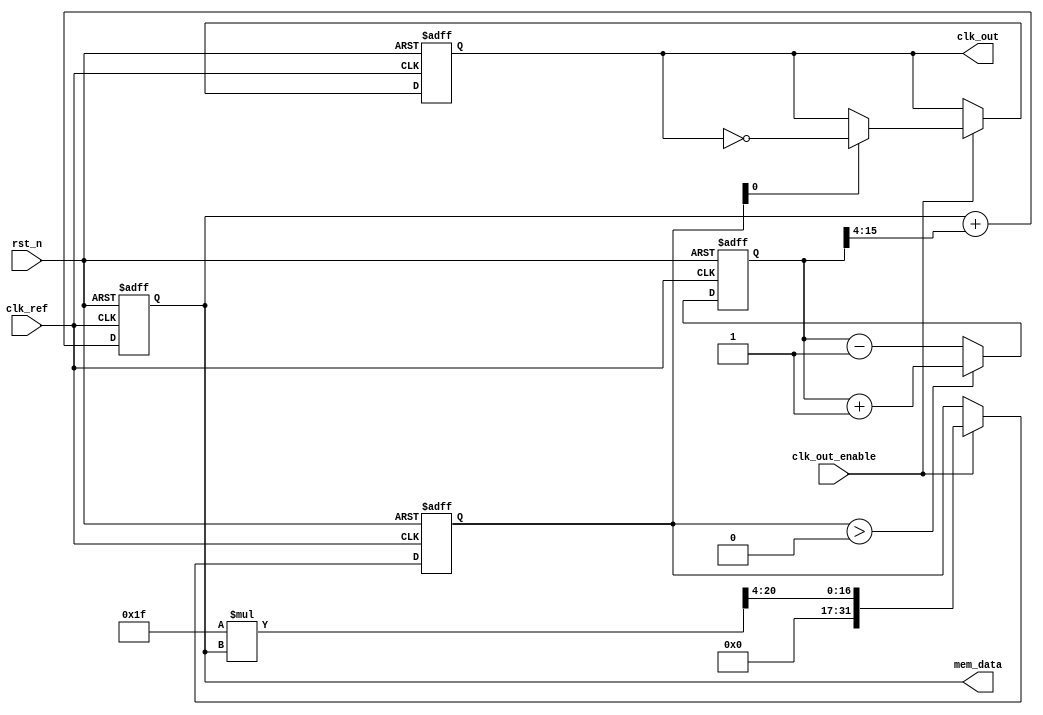
module pll (
    input  wire clk_ref,          // Reference clock input
    input  wire clk_out_enable,   // Enable signal for the output clock
    input  wire rst_n,            // Active-low reset
    output wire clk_out,          // Output clock signal
    output wire [15:0] mem_data   // Data output for memory blocks (optional)
);

    // Memory blocks (for configuration parameters)
    reg [15:0] vco_tuning;          // VCO tuning parameter
    reg [15:0] loop_filter_coeff;   // Loop filter coefficient
    reg  [31:0] phase_error;        // Phase error signal
    reg [31:0] vco_output;          // Output of VCO

    // Phase Detector
    always @(posedge clk_ref or negedge rst_n) begin
        if (!rst_n) begin
            phase_error <= 32'b0;
        end else begin
            // Phase comparison logic (basic example)
            // This part would typically involve edge detection and actual phase comparison
            if (vco_output > 0) begin
                phase_error <= phase_error + 1; // Output clock leads reference clock
            end else begin
                phase_error <= phase_error - 1; // Reference clock leads output clock
            end
        end
    end

    // Loop Filter (Simple RC Filter Representation)
    always @(posedge clk_ref or negedge rst_n) begin
        if (!rst_n) begin
            loop_filter_coeff <= 16'b0;
        end else begin
            // Basic integration of phase error (for demonstration)
            loop_filter_coeff <= loop_filter_coeff + (phase_error[15:0] >> 4); // Simple low-pass filter
        end
    end

    // Voltage-Controlled Oscillator (VCO)
    always @(posedge clk_ref or negedge rst_n) begin
        if (!rst_n) begin
            vco_output <= 32'b0;
        end else if (clk_out_enable) begin
            // Generate output clock frequency based on loop filter coefficients
            vco_output <= (vco_tuning * loop_filter_coeff) >> 4;
        end
    end

    // Generate Output Clock
    reg clk_out_reg;
    assign clk_out = clk_out_reg;
    
    always @(posedge clk_ref or negedge rst_n) begin
        if (!rst_n) begin
            clk_out_reg <= 1'b0;
        end else if (clk_out_enable) begin
            clk_out_reg <= (vco_output[0] == 1'b1) ? ~clk_out_reg : clk_out_reg; // Edge triggered clocking
        end
    end
    
    // Memory Read/Write Logic (for storing parameters)
    initial begin
        vco_tuning = 16'h1F; // Example initial value for VCO tuning
        loop_filter_coeff = 16'h10; // Example initial value for Loop Filter coefficient
    end

    assign mem_data = {vco_tuning, loop_filter_coeff}; // Memory data output

endmodule